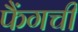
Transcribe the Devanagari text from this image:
फैंगची